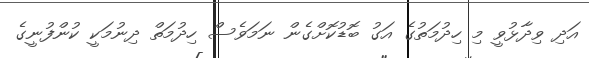
އަދި ވިދާޅުވީ މި ހިދުމަތުގެ އަގު ބޮޑުކޮށްގެން ނަމަވެސް ހިދުމަތް ދިނުމަކީ ކުންފުނީގެ